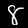
Label: 8